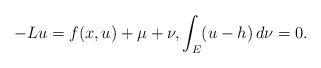
LaTeX: \begin{align*}-Lu=f(x,u)+\mu+\nu,\int_E(u-h)\,d\nu=0.\end{align*}